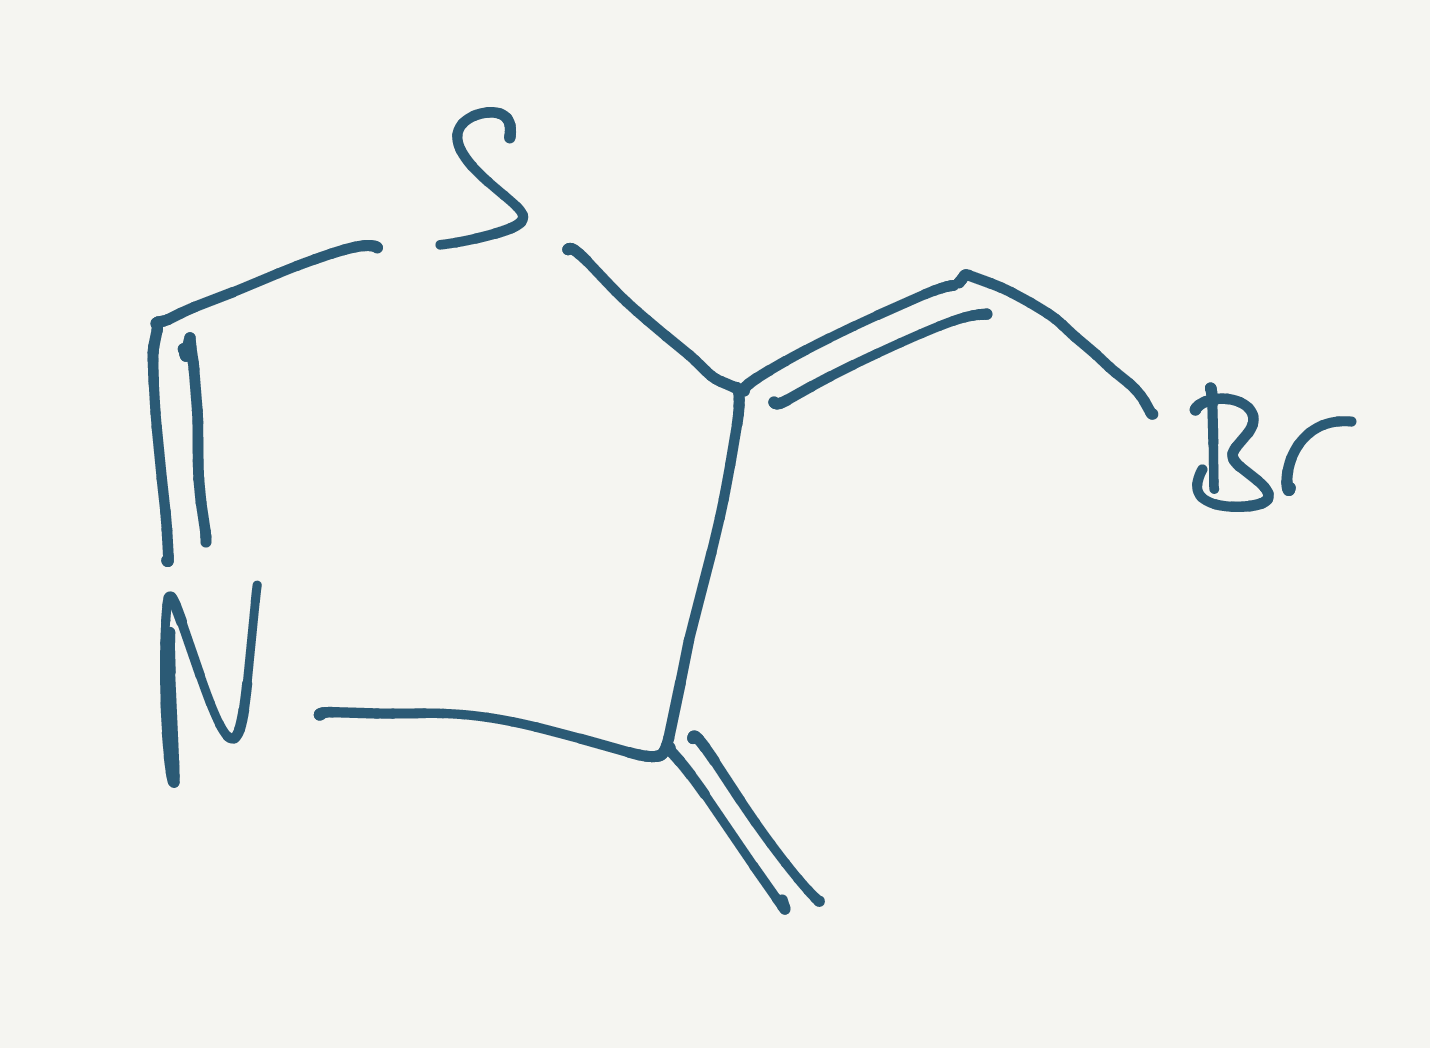
Simplified molecular-input line-entry system (SMILES) notation of the given molecule:
C=C1/C(=C\Br)/SC=N1